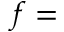
f =